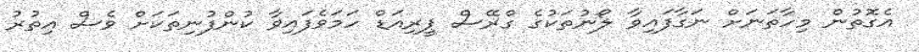
އެގޮތުން މިހާތަނަށް ނަގާފައިވާ ލޯނުތަކުގެ ގްރޭސް ޕީރިއަޑް ހަމަވެފައިވާ ކުންފުނިތަކަށް ވެސް އިތުރު